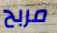
مربح